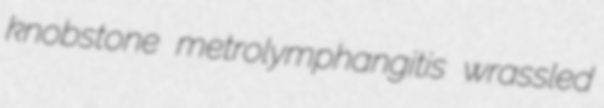
knobstone metrolymphangitis wrassled